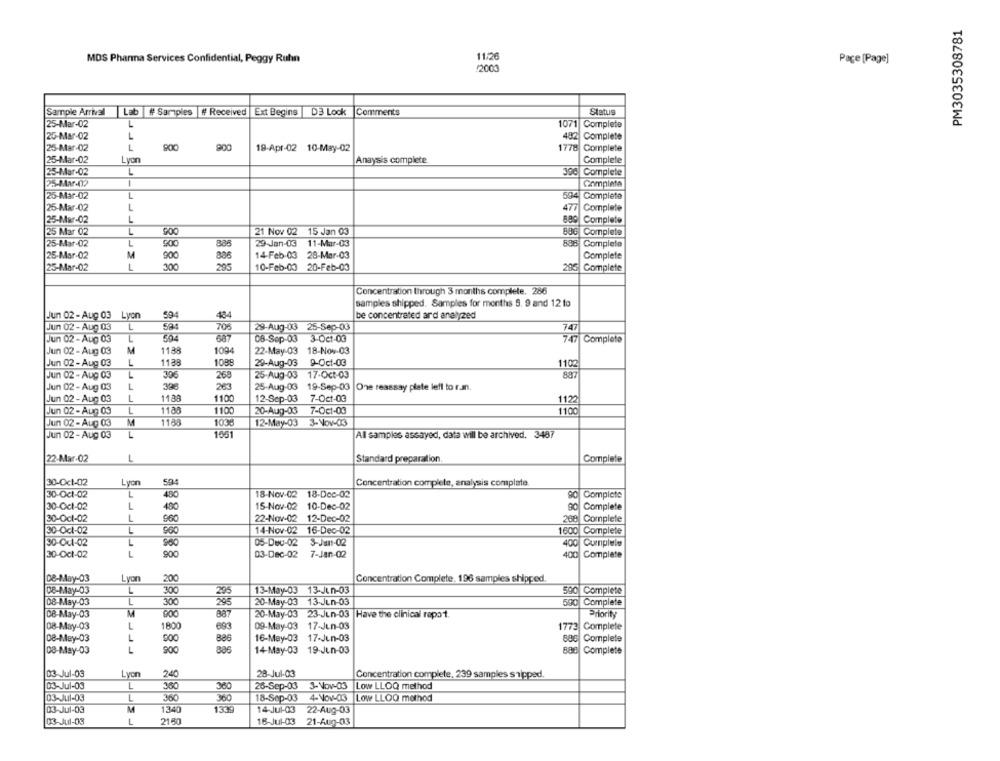
PM3035308781
MDS Pharma Services Confidential, Peggy Ruhn
11:26
Page [Page]
/2000
Sample Arrival
Lab # Samples |# Received |Ext Begins | D3 Lock |Comments
Status
L
25-Mar-02
1071 Complete
25-Mar-02
L
482 Complete
25-Mar-02
L
900
900
19-Apr-02 10-May-02
1778
Complete
25-Mar-02
Lyon
Anaysis complete
Complete
25-Mar-02
L
396 Complete
25-Mar-472
1
Complete
25-Mar-02
L
594 Complete
25-Mar-02
L
Complete
25-Mar-02
L
880 Complete
25 Mar 02
L
90℃
21 Nov 02 15 Jan 03
836 Complete
25-Mar-02
L
29-Jan-03 11-Mar-03
888 Complete
500
885
25-Mar-02
M
900
14-Feb-03 28-Mar-03
Complete
25-Mar-02
L
300
888
295
10-Feb-03 20-Feb-03
286 Complete
Concentration through 3 months complete. 286
samples shipped. Samples for months 5. 9 and 12 to
Jun 02-Aug 03 Lyon
594
434
be concentrated ard analyzed
Jun 02 - Aug 03
L
708
29-Aug-03 25-Sep-03
747
Jun 02 - Aug 03
504
687
08-Sep-03 3-Oct-03
747 Complete
Jun 02 - Aug 03
M
1188
1094
22-May-03
18-Nov-03
Jun 02 - Aug 03
L
1138
1088
29-Aug-03
9-Oct-03
1102
L
306
887
Jun 02 - Aug 03
268
25-Aug-03 17-Oct-03
Jun 02 - Aug 03
L
398
263
25-Aug-03
19-Sep-03
One reassay plate left to run.
L
Jun 02 - Aug 03
1188
1100
12-Sep-03
7-Oct-03
1122
Jun 02 - Aug 03
L
1180
1100
20-Aug-03
7-Oct-03
1100
Jun 02 - Aug 03
M
1188
1036
12-May-03 3-Nov-03
Jun 02 - Aug 03
L
1651
All samples assayed, data will be archived. 3487
22-Mar-02
L
Standard preparation
Complete
504
30-Oct-02
Lyon
Concentration complete, analysis complate.
30-Oct-02
L
480
18-Nov-02 18-Dec-02
80 Complete
30-Oct-02
L
480
15-Nov-02 10-Dec-02
90
Complete
30-Oct-02
L
22-Nov-02 12-Dec-02
960
268 Complete
30-Oct-02
L
960
14-Nov-02 16-Dec-02
1600 Complete
L
30-041-02
960
05-Dec-02
3-Jun-02
400 Cumplele
30-Oct-02
L
900
03-Dec-02 7-Jan-02
400
Complete
De-May-03
Lyon
200
Concentration Complete, 196 samples shipped.
08-May-03
L
300
295
13-May-03 13-Jun-03
590 Complete
08-May-03
295
20-May-03 13-Jun-03
590 Complete
300
08-May-03
M
900
887
20-May-03 23-Jun-03
Have the clinical repo 1.
Priority
L
1800
08-May-03
693
09-May-03 17-Jun-03
1773 Complete
1772
08-May-03
L
900
886
16-May-03 17-Jun-03
886 Complete
886
08-May-03
L
900
14-May-03 19-Jun-03
886 Complete
03-Jul-03
Lyon
240
28-Jul-03
Concentration complete, 239 samples snipped.
03-Jul-03
L
380
360
26-Sep-03 3-Nov-03
Low LLOQ method
03-Jul-03
L
360
360
18-Sep-03
4-Nov-03
Low LLOQ method
M
1339
03-Jul-03
1340
14-Jul-03
22-Aug-03
03-Jul-03
L
21.50
16-Jul-03
21-Aug-03